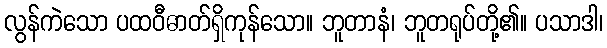
လွန်ကဲသော ပထဝီဓာတ်ရှိကုန်သော။ ဘူတာနံ၊ ဘူတရုပ်တို့၏။ ပသာဒါ၊